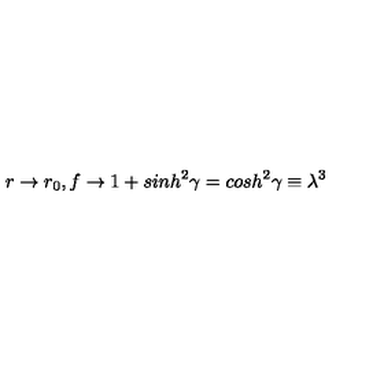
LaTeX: r \rightarrow r _ { 0 } , f \rightarrow 1 + s i n h ^ { 2 } \gamma = c o s h ^ { 2 } \gamma \equiv \lambda ^ { 3 }